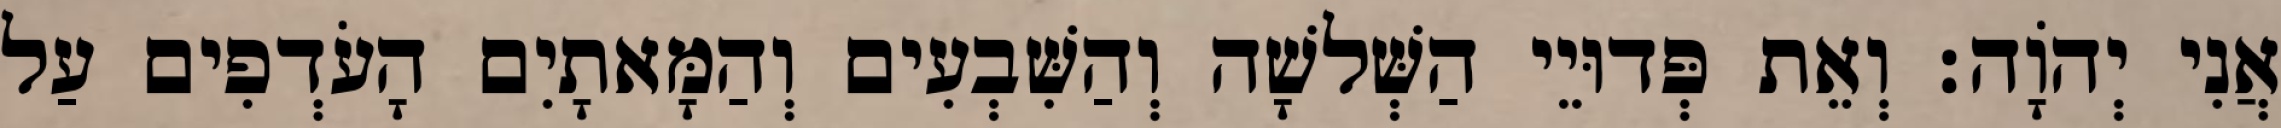
אֲנִי יְהוָֹה׃ וְאֵת פְּדוּיֵי הַשְּׁלשָׁה וְהַשִּׁבְעִים וְהַמָּאתָיִם הָעֹדְפִים עַל